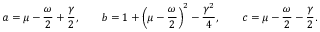
a = \mu - \frac { \omega } { 2 } + \frac { \gamma } { 2 } , \qquad b = 1 + \left( \mu - \frac { \omega } { 2 } \right) ^ { 2 } - \frac { \gamma ^ { 2 } } { 4 } , \qquad c = \mu - \frac { \omega } { 2 } - \frac { \gamma } { 2 } .